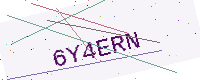
Text: 6Y4ERN